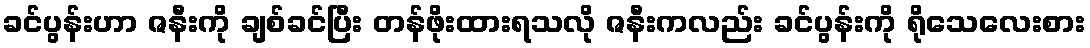
ခင်ပွန်းဟာ ဇနီးကို ချစ်ခင်ပြီး တန်ဖိုးထားရသလို ဇနီးကလည်း ခင်ပွန်းကို ရိုသေလေးစား